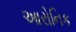
આરોનિક